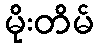
မိုးတိမ်